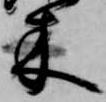
木